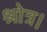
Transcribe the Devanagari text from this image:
श्रोत्र।